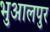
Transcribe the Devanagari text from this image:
भुआलपुर